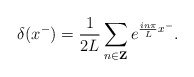
\begin{align*}\delta(x^-)=\frac{1}{2L}\sum_{n \in {\bf Z}} e^{\frac{in\pi}{L}x^-}.\end{align*}